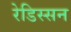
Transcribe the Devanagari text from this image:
रेडिस्सन